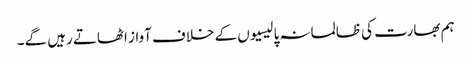
ہم بھارت کی ظالمانہ پالیسیوں کے خلاف آواز اٹھاتے رہیں گے۔